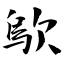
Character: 歍